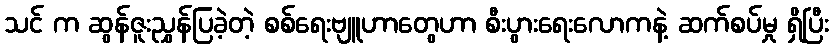
သင် က ဆွန်ဇူးညွှန်ပြခဲ့တဲ့ စစ်ရေးဗျူဟာတွေဟာ စီးပွားရေးလောကနဲ့ ဆက်စပ်မှု ရှိပြီး